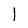
Character: l